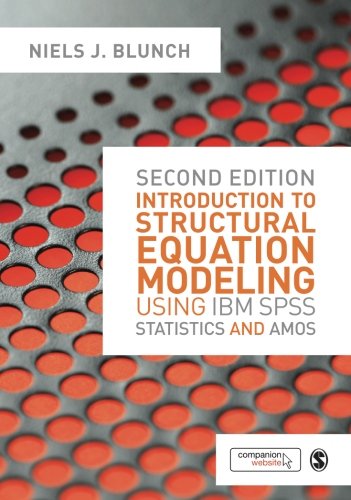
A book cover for Introduction to Structural Equation Modeling Using IBM SPSS Statistics and Amos; Niels J. Blunch; Medical Books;